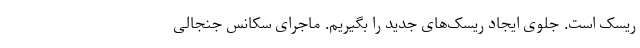
ریسک است. جلوی ایجاد ریسک‌های جدید را بگیریم. ماجرای سکانس جنجالی